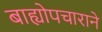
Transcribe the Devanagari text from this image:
बाह्योपचाराने